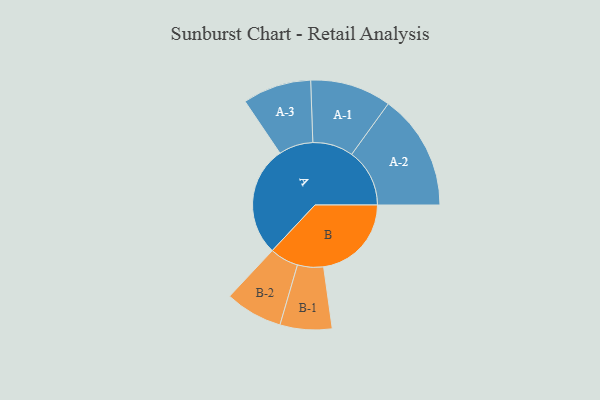
{"axis": {"x": "Segment", "y": "Value"}, "legend": ["", "A", "B"], "data": [{"x": "A", "y": 475, "type": ""}, {"x": "B", "y": 379, "type": ""}, {"x": "A-1", "y": 175, "type": "A"}, {"x": "A-2", "y": 250, "type": "A"}, {"x": "A-3", "y": 148, "type": "A"}, {"x": "B-1", "y": 112, "type": "B"}, {"x": "B-2", "y": 124, "type": "B"}]}